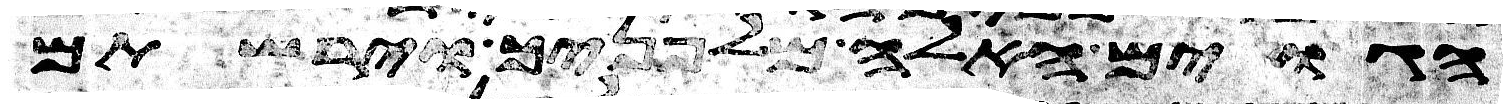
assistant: הגוים האלה מלפניך וירשתם